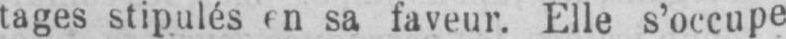
tages stipulés en sa faveur. Elle s’occupe